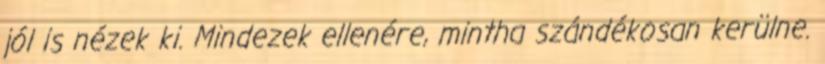
jól is nézek ki. Mindezek ellenére, mintha szándékosan kerülne.